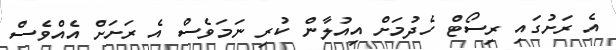
އެ ރަށުގައި ރިސޯޓް ހެދުމަށް އިއުލާން ކުރި ނަމަވެސް އެ ރަށަށް އެއްވެސް